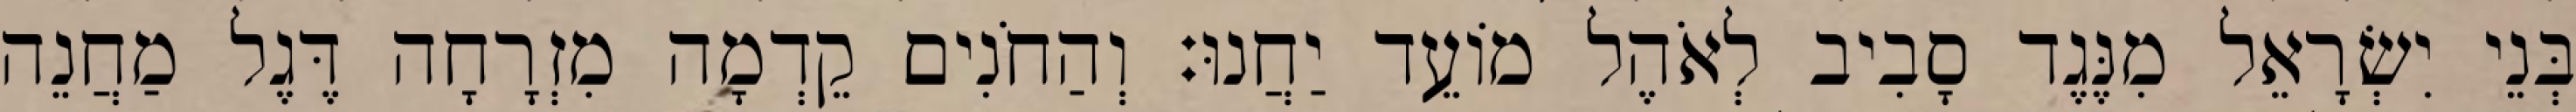
בְּנֵי יִשְׂרָאֵל מִנֶּגֶד סָבִיב לְאֹהֶל מוֹעֵד יַחֲנוּ׃ וְהַחֹנִים קֵדְמָה מִזְרָחָה דֶּגֶל מַחֲנֵה